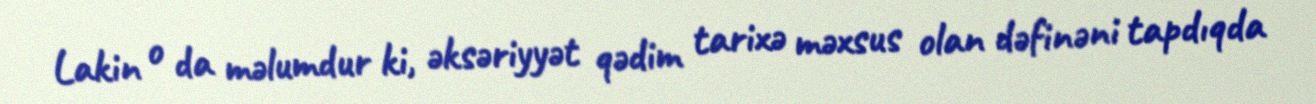
Lakin o da məlumdur ki, əksəriyyət qədim tarixə məxsus olan dəfinəni tapdıqda